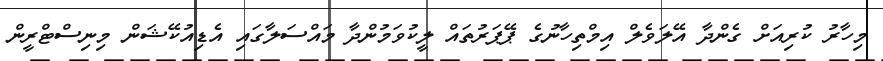
މިހާރު ކުރިއަށް ގެންދާ އޭލަވެލް އިމްތިހާނުގެ ޕޭޕަރުތައް ލީކުވަމުންދާ މައްސަލާގައި އެޑިއުކޭޝަން މިނިސްޓްރީން